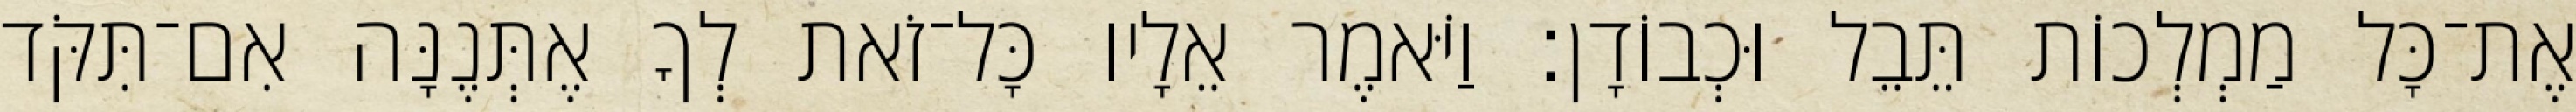
אֶת־כָּל מַמְלְכוֹת תֵּבֵל וּכְבוֹדָן׃ וַיֹּאמֶר אֵלָיו כָּל־זֹאת לְךָ אֶתְּנֶנָּה אִם־תִּקֹּד